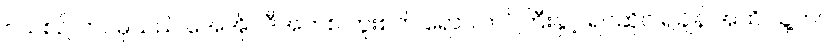
ငယ်စဉ် ဘဝမှသည် အေအိုင်ဒီအက်စ် ကူးစက် ရောဂါကပ်ကြီးနှင့် ရင်ဆိုင် ရချိန် အထိ သူ့ဘဝ